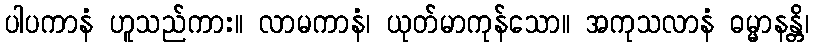
ပါပကာနံ ဟူသည်ကား။ လာမကာနံ၊ ယုတ်မာကုန်သော။ အကုသလာနံ ဓမ္မာနန္တိ၊